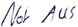
Text: Not AUS